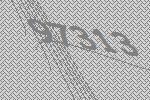
97313